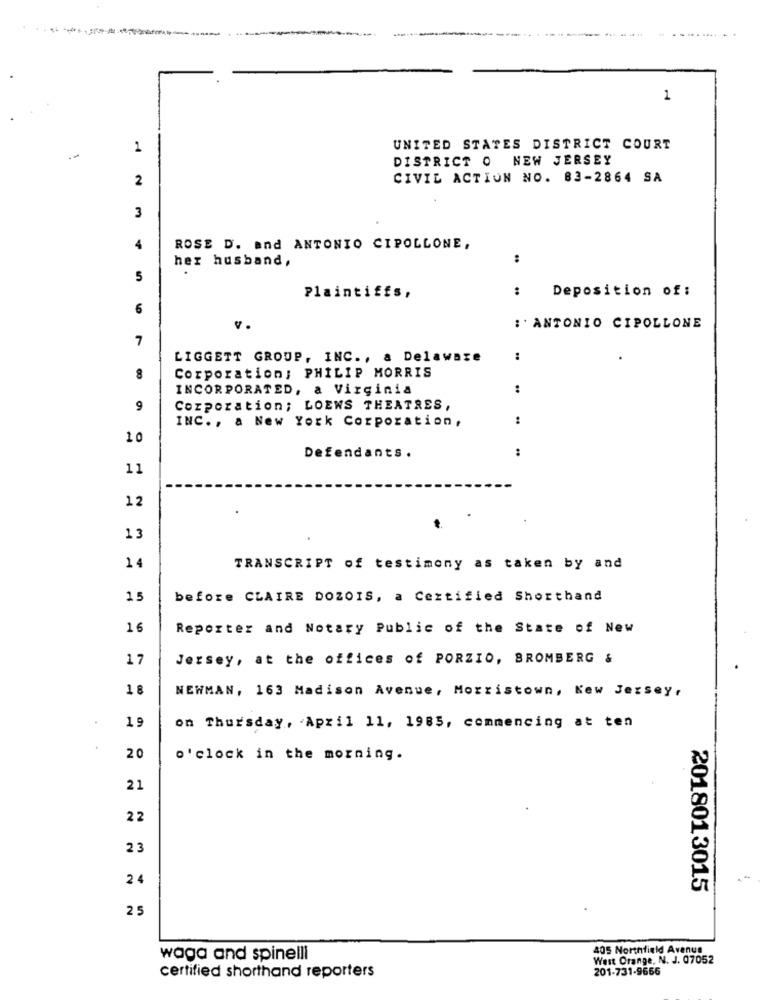
--- -
1
1
UNITED STATES DISTRICT COURT
DISTRICT O NEW JERSEY
2
CIVIL ACTION NO. 83-2864 SA
3
ROSE D. and ANTONIO CIPOLLONE,
her husband,
:
5
Plaintiffs,
:
Deposition of:
6
: ' ANTONIO CIPOLLONE
7
LIGGETT GROUP, INC ., a Delaware
Corporation; PHILIP MORRIS
INCORPORATED, a Virginia
:
9
Corporation; LOEWS THEATRES,
INC. , a New York Corporation,
..
10
Defendants.
..
11
12
13
14
TRANSCRIPT of testimony as taken by and
15
before CLAIRE DOZOIS, a Certified Shorthand
16
Reporter and Notary Public of the State of New
17
Jersey, at the offices of PORZIO, BROMBERG &
1 8
NEWMAN, 163 Madison Avenue, Morristown, New Jersey,
19
on Thursday, April 11, 1985, commencing at ten
20
o'clock in the morning.
21
22
23
2 4
201801 3015
25
405 Northfield Avenue
waga and spinelli
West Orange, N. J. 07052
201-731-9666
certified shorthand reporters